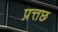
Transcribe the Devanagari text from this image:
प्रत्तछ